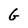
Character: G